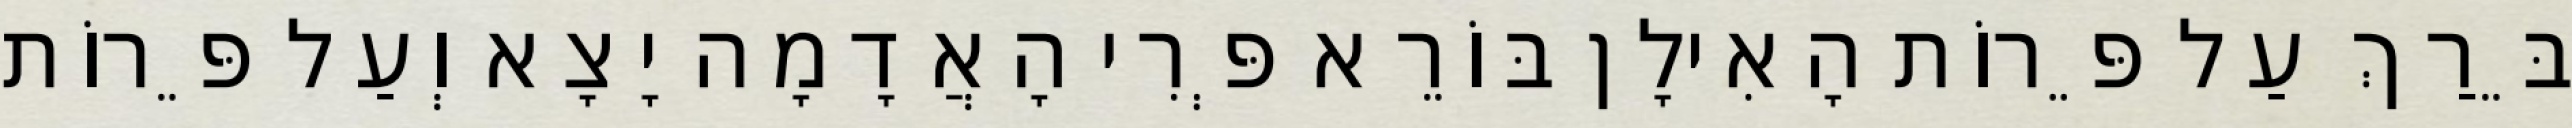
בֵּרַךְ עַל פֵּרוֹת הָאִילָן בּוֹרֵא פְּרִי הָאֲדָמָה יָצָא וְעַל פֵּרוֹת